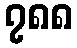
၇၈၈